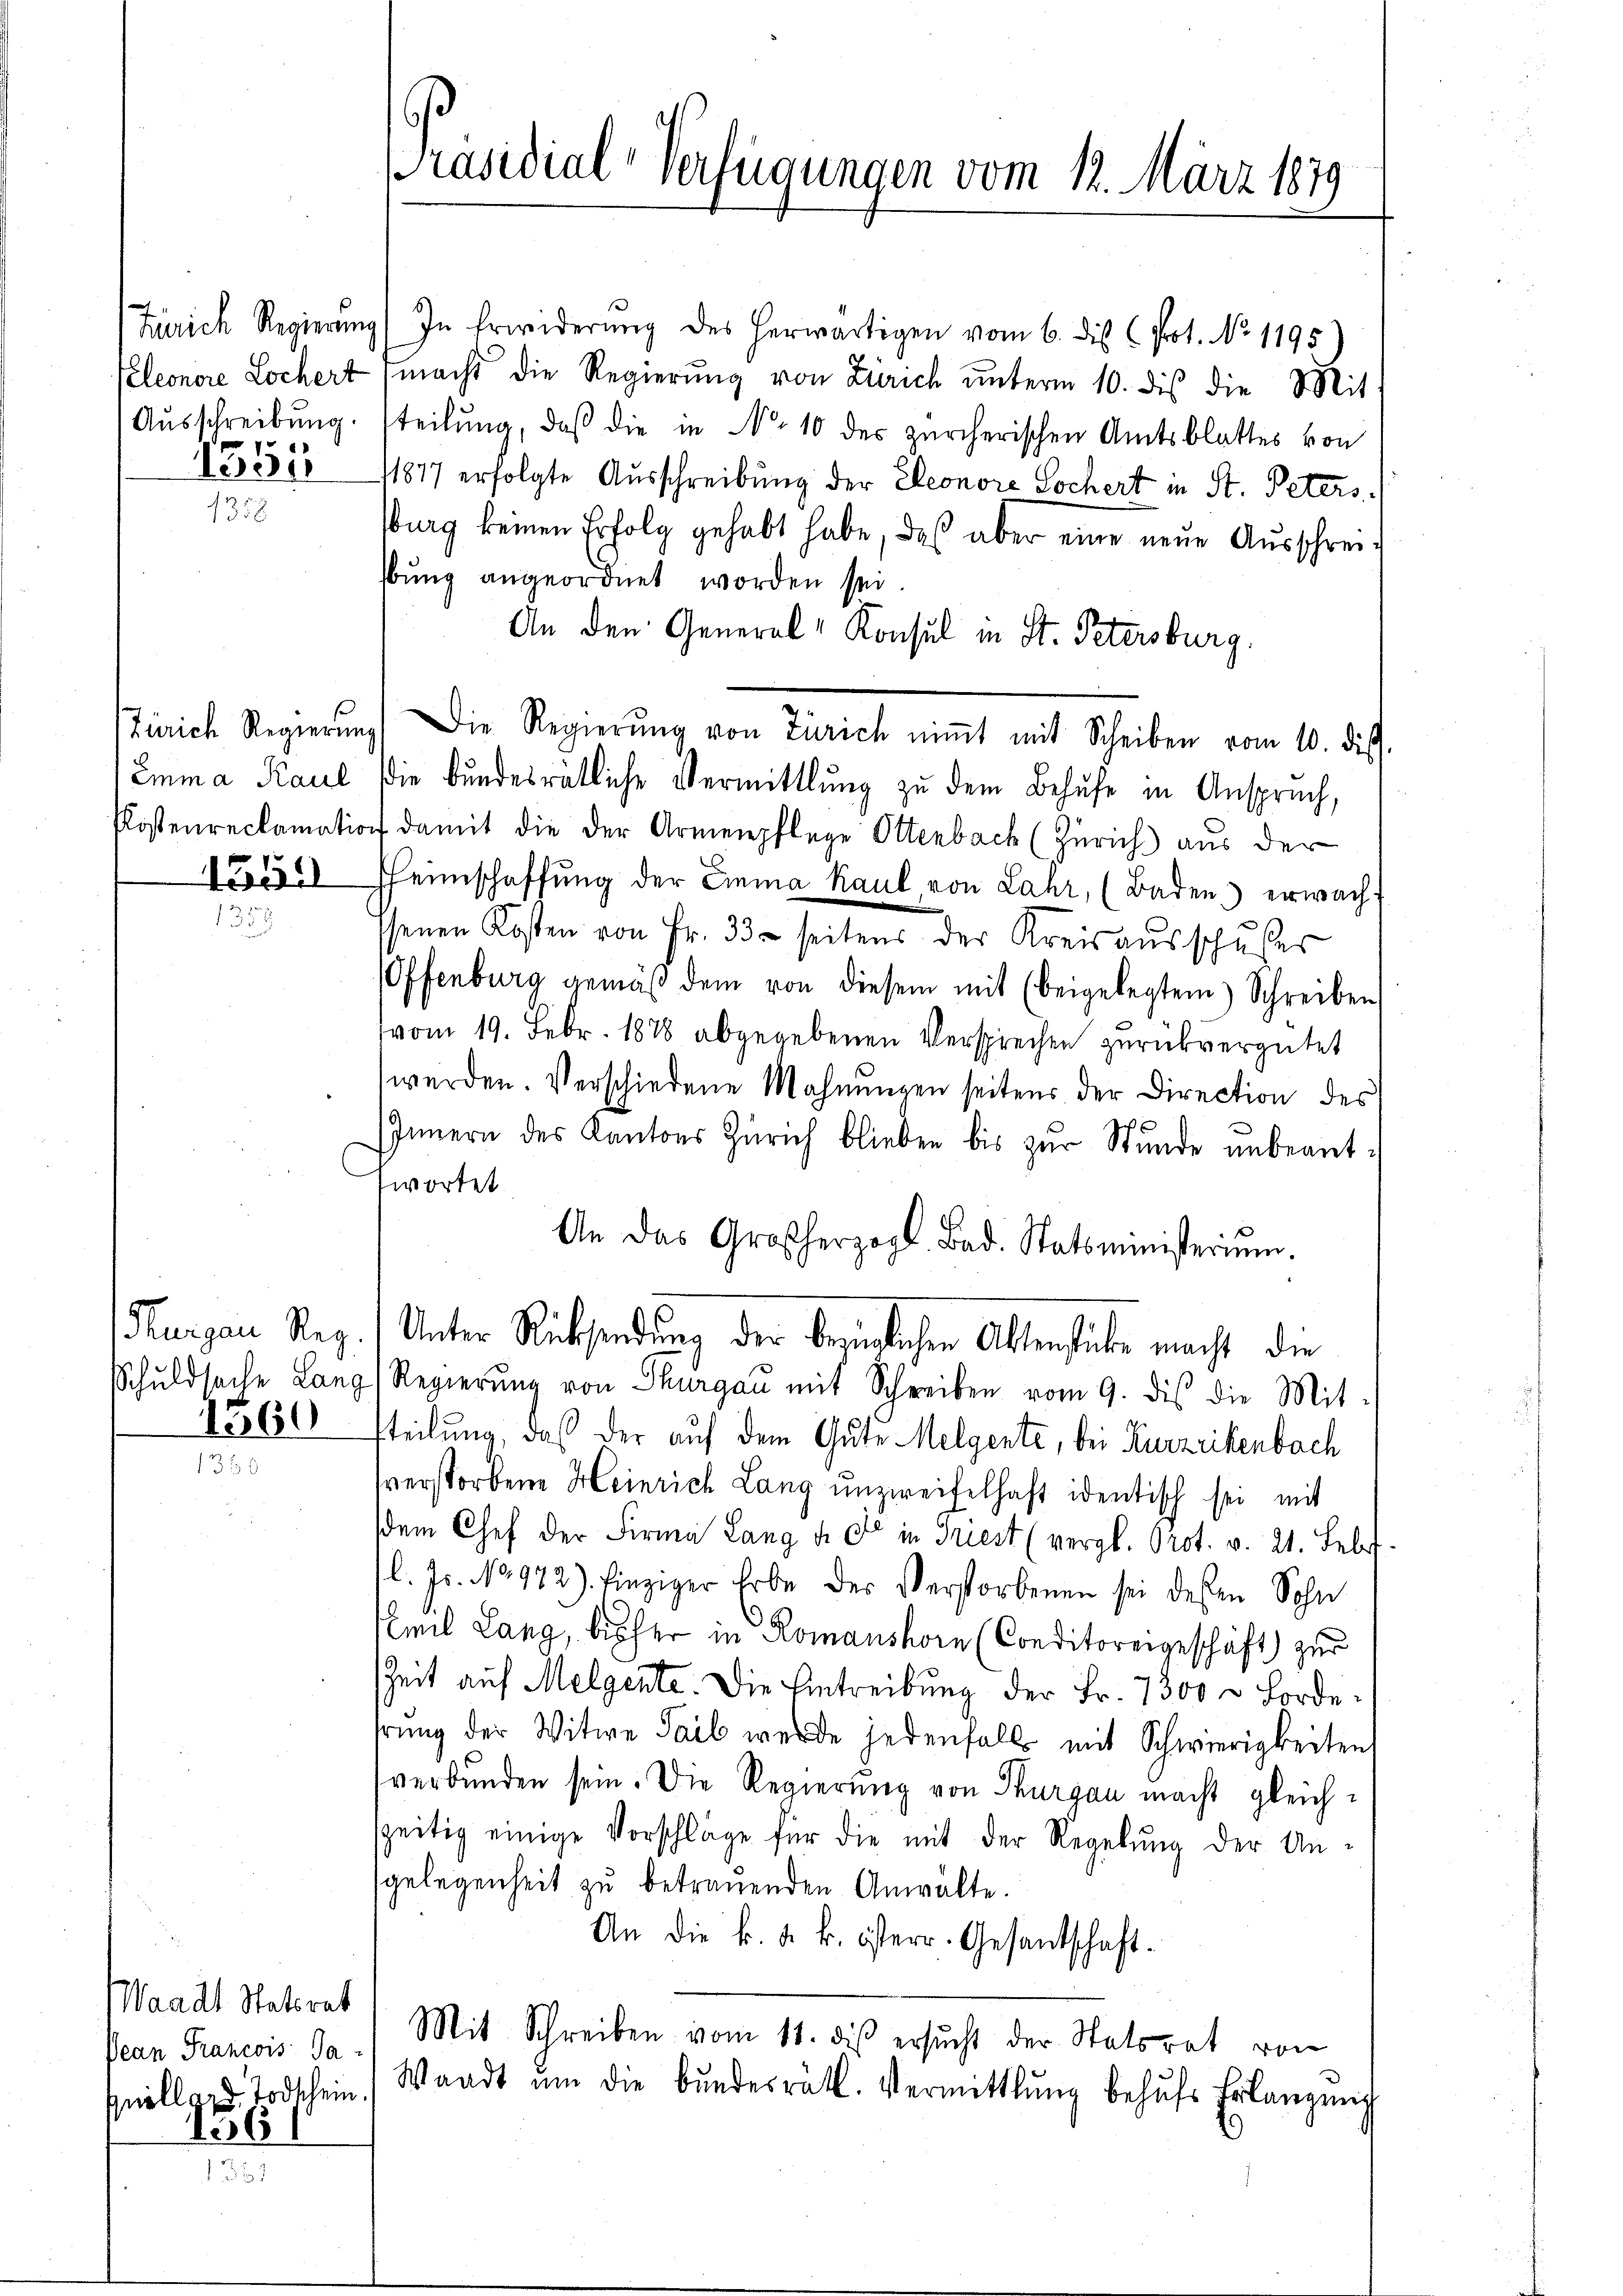
1351

Waadt Statsrat
Pean Francois Sa¬

de

6
Präsidial-Verfügungen vom 12. März 1879

Zürich Regierung) In Erwiderŭng des herwärtigen vom 6. dis (Prot. No 1195
Kleonore Lochert macht die Regierŭng von Zürich ŭnterm 10. dies die Mit
Aŭsschreibung. steilŭng, daß die in No 10 des zürcherischen Amtsblattes von
11877 erfolgte Ausschreibung der Eleonore Sochert in St. Peters
burg keinen Erfolg gehabt habe, daß aber eine neŭe Aŭsschreibŭng angeordnet worden sei.
An den General-Konsul in St. Petersburg.
Zürich Regierŭng die Regierŭng von Zürich niṁt mit Scheiben vom 10. dis
Emma Kaul die bundesrätliche Vermittlung zu dem Behufe in Anspruch,
Postenreclamation damit die der Armenpflege Ottenbach (Zürich) aus der
1555. Heimschaffung der Emma Kaul von Lahr, (Baden erwachssenen Kosten von Fr. 33 seitens der Kreisaŭsschusser
Offenburg gemäß dem von diesem mit (beigelegtem Schreiben,
vom 19. Febr. 1878 abgegebenen Versprechen zurückvergütet
werden. Verschiedene Mahnŭngen seitens der Direction des
Innern des Kantons Zürich blieben bis zŭr Stŭnde ŭnbeant-
wortet.
An das Großherzogl. Bad. Statsministerium.
Thurgau Reg. Unter Rücksendung der bezüglichen Abstenstube macht die
Schuldsache Lang, Regierŭng von Thurgau mit Schreiben vom 9. dies die Mit-
1360 steilung, daß der auf dem Gute Melgente, bei Kurzrikenbach
sverstorbene Heinrich Lang unzweifelhaft identisch sei mit
dem Chef der Firma Lang d. d. in Friest (vergl. Prot. v. 21. Febr.
l. Js. No 972). Einziger Erbe des Verstorbenen sei dessen Sohn
Emil Lang, bisher in Romanshorn (Conditoreigeschäft zur
Zeit auf Melgente. Die Eintreibung der Fr. 7500 x Forde
hrŭng der Witwe Sail werde jedenfalls mit Schwierigkeiten
verbunden sein. Die Regierung von Thurgau macht gleichszeitig einige Vorschläge für die mit der Regelŭng der Un-
sgelegenheit zu betrauenden Anwälte.
An die k. k. k. österr. Gesantschaft.
Mit Schreiben vom 11. dies ersŭcht der Statsrat von
pelland Todschein Waadt ŭm die Bŭndesräth. Vermittlung behŭfs Erlangung